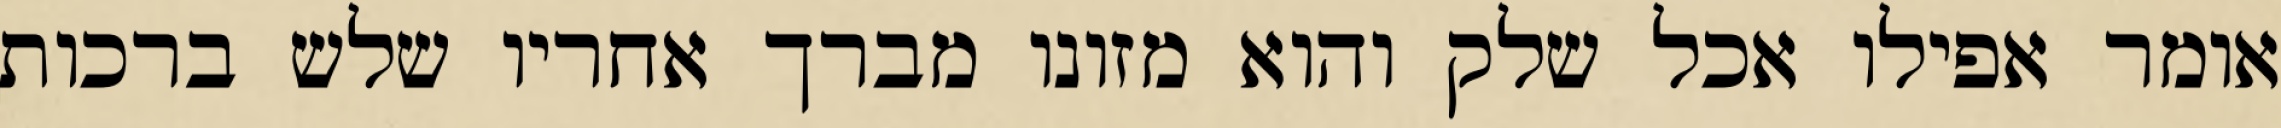
אומר אפילו אכל שלק והוא מזונו מברך אחריו שלש ברכות